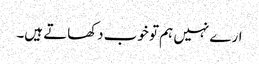
ارے نہیں ہم تو خوب دکھاتے ہیں۔